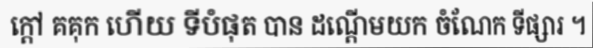
ក្តៅ គគុក ហើយ ទីបំផុត បាន ដណ្តើមយក ចំណែក ទីផ្សារ ។